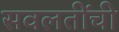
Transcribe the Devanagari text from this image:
सवलतींची